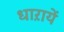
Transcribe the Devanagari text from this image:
धाऱायें